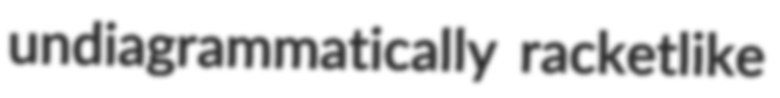
undiagrammatically racketlike